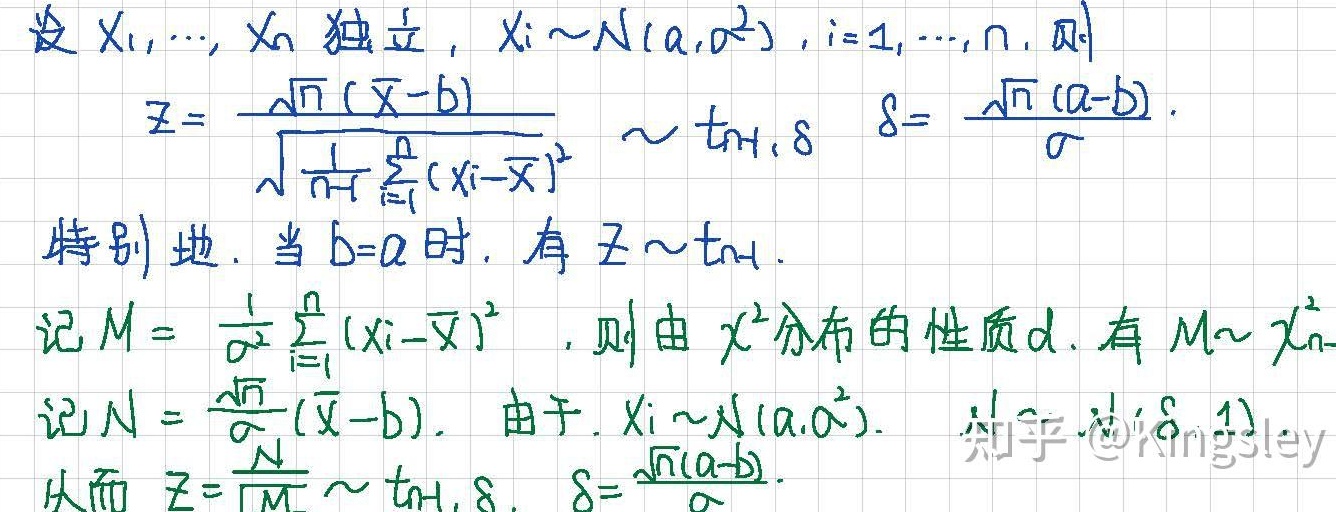
设 \(X_1,\cdots, X_n\) 独立， \(X_i\sim N(a,\sigma^{2})\) , \(i = 1,\cdots,n\)，则
\[
Z=\frac{\sqrt{n}(\overline{X}-b)}{\sqrt{\frac{1}{n - 1}\sum_{i = 1}^{n}(X_i-\overline{X})^{2}}}\sim t_{n - 1,\delta}\quad \delta=\frac{\sqrt{n}(a - b)}{\sigma}
\]
特别地，当 \(b = a\) 时，有 \(Z\sim t_{n - 1}\) .
记 \(M=\frac{1}{\sigma^{2}}\sum_{i = 1}^{n}(X_i-\overline{X})^{2}\) ，则由 \(\chi^{2}\) 分布的性质d. 有 \(M\sim \chi_{n - 1}^{2}\)
记 \(N=\frac{\sqrt{n}}{\sigma}(\overline{X}-b)\) . 由于 \(X_i\sim N(a,\sigma^{2})\) .
从而 \(Z = \frac{N}{\sqrt{M}}\sim t_{n - 1,\delta}\) , \(\delta=\frac{\sqrt{n}(a - b)}{\sigma}\) .